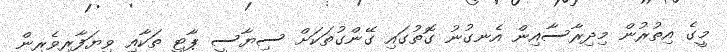
މީގެ އިތުރުން މިދިރާސާއިން އެނގުނު ގޮތުގައި ގޭންގުތަކަށް ސިޔާސީ ޕާޓީ ތަކާއި ވިޔަފާރިވެރިން